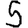
Digit: 5